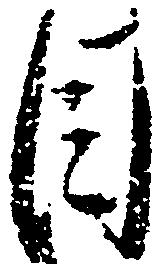
目